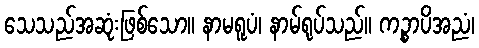
သေသည်အဆုံးဖြစ်သော။ နာမရူပံ၊ နာမ်ရုပ်သည်။ ကဉ္စာပိအညံ၊